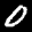
Label: 0